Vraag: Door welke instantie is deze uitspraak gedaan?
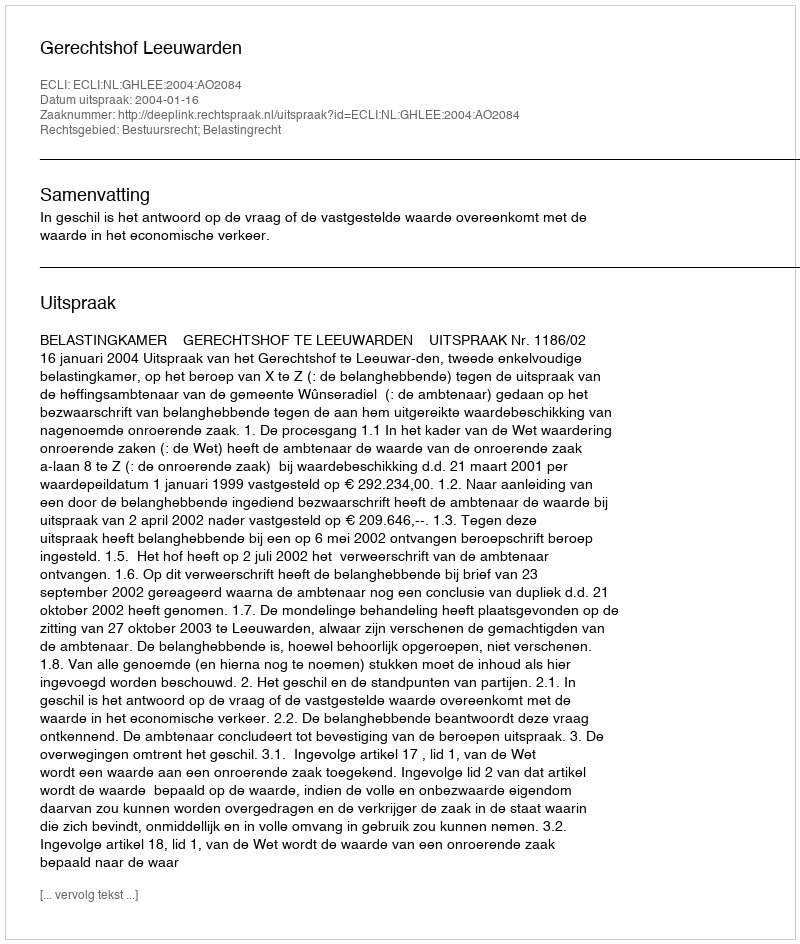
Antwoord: Gerechtshof Leeuwarden